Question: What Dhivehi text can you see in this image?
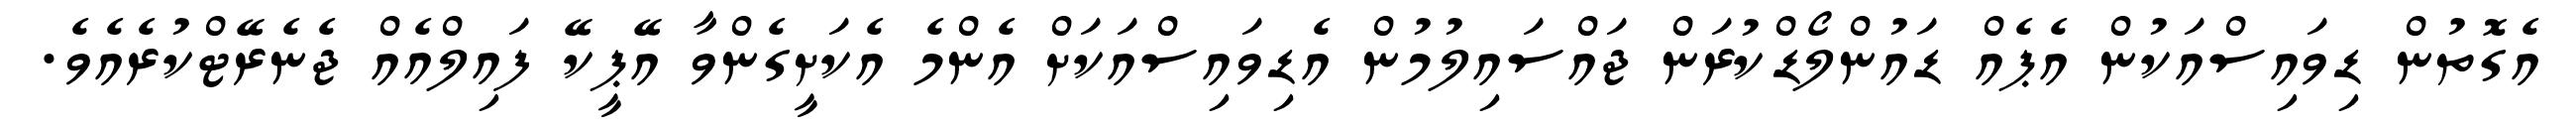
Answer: އެގޮތުން ޑިވައިސްއަކުން އެޕެއް ޑައުންލޯޑްކުރަން ޖައްސައިލުމުން އެޑިވައިސްއަކަށް އެންމެ އެކަށީގެންވާ އޭޕީކޭ ފައިލްއެއް ޖެނެރޭޓްކުރެއެވެ.